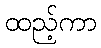
ထည့်ကာ